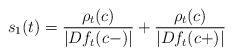
LaTeX: \begin{align*}s_1(t) =\frac{\rho_t(c)}{|Df_t(c-)|}+ \frac{\rho_t(c)}{|Df_t(c+)|}\end{align*}